Indian journal of veterinary science and animal husbandry - Volume 11,
Year: 1941
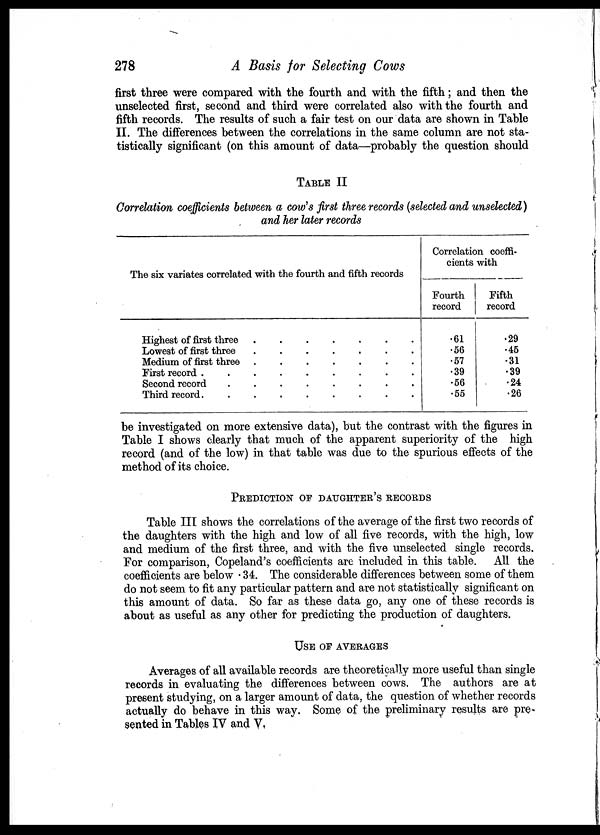
278
A Basis for Selecting Cows
first three were compared with the fourth and with the fifth; and then the
unselected first, second and third were correlated also with the fourth and
fifth records. The results of such a fair test on our data are shown in Table
II. The differences between the correlations in the same column are not sta-
tistically significant (on this amount of data—probably the question should
TABLE II
Correlation coefficients between a cow's first three records (selected and unselected)
and her later records
The six variates correlated with the fourth and fifth records
Highest of first three
.
.
.
.
.
.
.
Lowest of first three
.
.
.
.
.
.
.
Medium of first three
.
.
.
.
.
.
.
First record
.
.
.
.
.
.
.
Second record
.
.
.
.
.
.
.
Third record
.
.
.
.
.
.
.
Correlation coeffi-
cients with
Fourth
record
.61
.56
.57
.39
.56
.55
Fifth
record
.29
.45
.31
.39
.24
.26
be investigated on more extensive data), but the contrast with the figures in
Table I shows clearly that much of the apparent superiority of the high
record (and of the low) in that table was due to the spurious effects of the
method of its choice.
PREDICTION OF DAUGHTER'S RECORDS
Table III shows the correlations of the average of the first two records of
the daughters with the high and low of all five records, with the high, low
and medium of the first three, and with the five unselected single records.
For comparison, Copeland's coefficients are included in this table. All the
coefficients are below .34. The considerable differences between some of them
do not seem to fit any particular pattern and are not statistically significant on
this amount of data. So far as these data go, any one of these records is
about as useful as any other for predicting the production of daughters.
USE OF AVERAGES
Averages of all available records are theoretically more useful than single
records in evaluating the differences between cows. The authors are at
present studying, on a larger amount of data, the question of whether records
actually do behave in this way. Some of the preliminary results are pre-
sented in Tables IV and V.